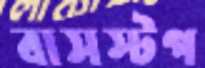
বাসস্টপ